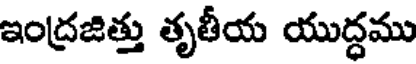
ఇంద్రజిత్తు తృతీయ యుద్ధము